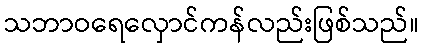
သဘာဝရေလှောင်ကန်လည်းဖြစ်သည်။